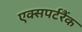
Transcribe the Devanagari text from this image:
एक्सपर्टरैंक